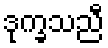
ဒုက္ခသညီ